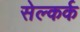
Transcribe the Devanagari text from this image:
सेल्कर्क